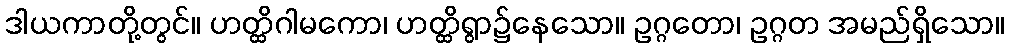
ဒါယကာတို့တွင်။ ဟတ္ထိဂါမကော၊ ဟတ္ထိရွာ၌နေသော။ ဥဂ္ဂတော၊ ဥဂ္ဂတ အမည်ရှိသော။